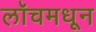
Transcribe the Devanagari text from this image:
लॉचमधून